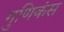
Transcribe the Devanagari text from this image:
गुणिकंस